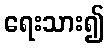
ရေးသား၍